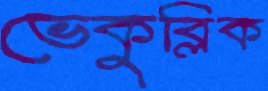
ভেকুব্লিক